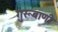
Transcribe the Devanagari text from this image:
गुरूबाणी